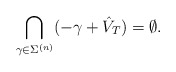
\begin{align*} \bigcap_{\gamma\in\Sigma^{(n)}} (-\gamma+\hat V_T) = \emptyset. \end{align*}